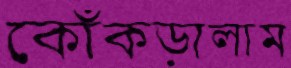
কোঁকড়ালাম